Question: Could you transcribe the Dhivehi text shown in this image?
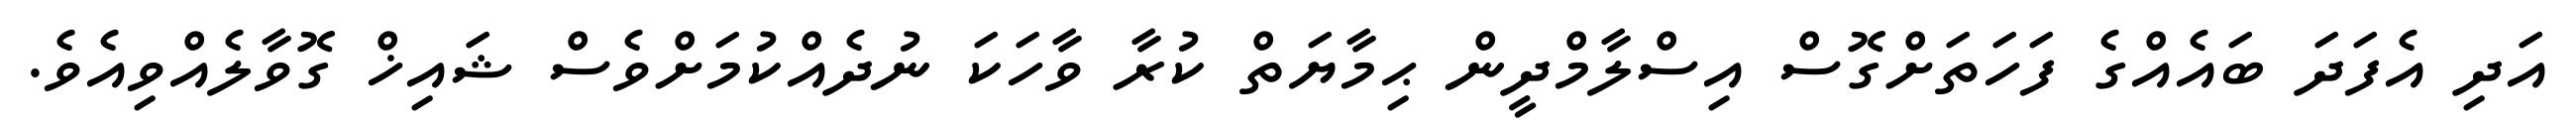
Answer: އަދި އެފަދަ ބައެއްގެ ފަހަތަށްގޮސް އިސްލާމްދީން ޙިމާޔަތް ކުރާ ވާހަކަ ނުދެއްކުމަށްވެސް ޝައިޚް ގޮވާލެއްވިއެވެ.